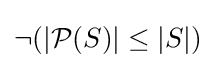
\neg (|{\mathcal {P}}(S)|\leq |S|)